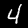
Label: 4